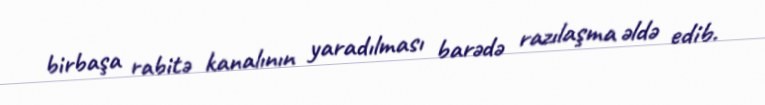
birbaşa rabitə kanalının yaradılması barədə razılaşma əldə edib.